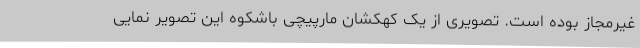
غیرمجاز بوده است. تصویری از یک کهکشان مارپیچی باشکوه این تصویر نمایی